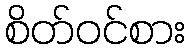
စိတ်ဝင်စား